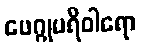
ဖေဂ္ဂုပရိဝါရော